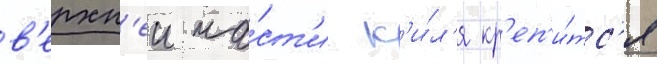
в'ерхн'еи ча́ст'и к'и́л'я кр'еп'и́тс'я